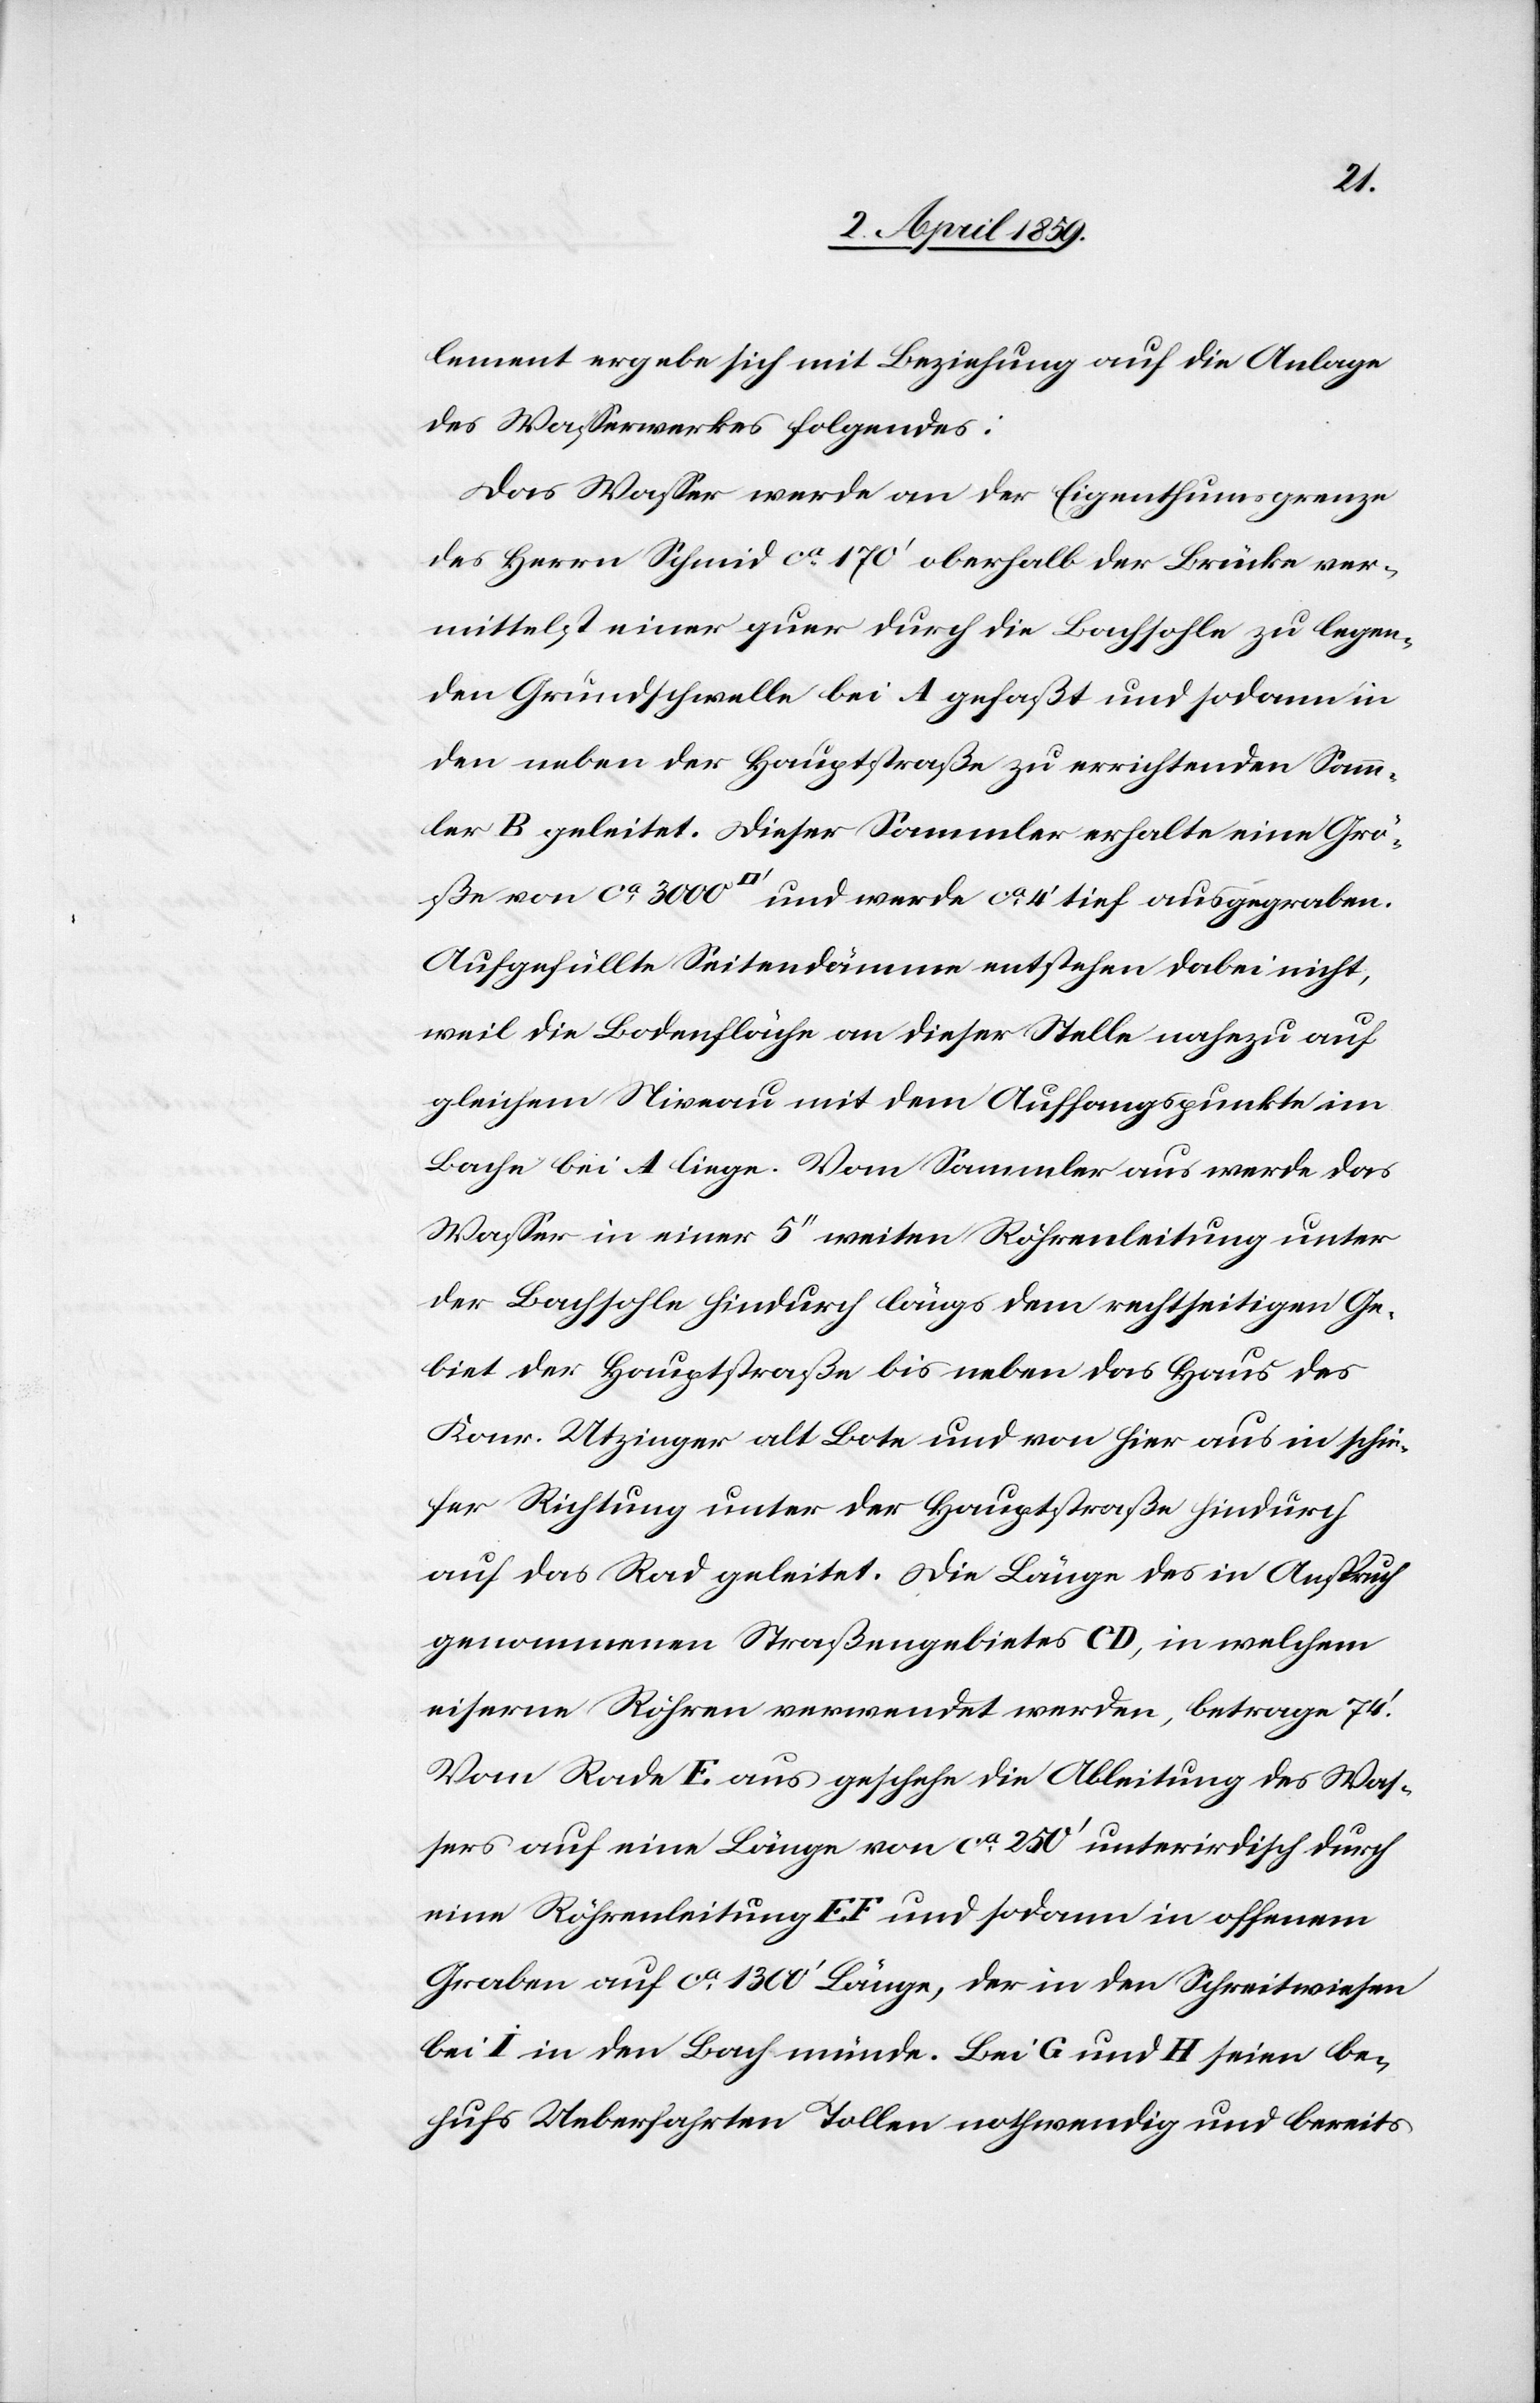
lement ergebe sich mit Beziehung auf die Anlage
des Waßerwerkes folgendes:
Das Waßer werde an der Eigenthumsgrenze
des Herrn Schmid ca 170‘ oberhalb der Brücke ver¬
mittelst einer quer durch die Bachsohle zu legen¬
den Grundschwelle bei A gefaßt und sodann in
den neben der Hauptstraße zu errichtenden Samm¬
ler B geleitet. Dieser Sammler erhalte eine Grö¬
ße von ca 3000 [Quadratfuß] und werde ca 4‘ tief ausgegraben.
Aufgefüllte Seitendämme entstehen dabei nicht,
weil die Bodenfläche an dieser Stelle nahezu auf
gleichem Niveau mit dem Auffangspunkte im
Bache bei A liege. Vom Sammler aus werde das
Waßer in einer 5‘‘ weiten Röhrenleitung unter
der Bachsohle hindurch längs dem rechtseitigen Ge¬
biet der Hauptstraße bis neben das Haus des
Konr. Utzinger alt Bote und von hier aus in schie¬
fer Richtung unter der Hauptstraße hindurch
auf das Rad geleitet. Die Länge des in Anspruch
genommenen Staßengebietes CD, in welchem
eiserne Röhren verwendet werden, betrage 74‘.
Vom Rade E aus geschehe die Ableitung des Was¬
sers auf eine[r] Länge von ca 250‘ unterirdisch durch
eine Röhrenleitung EF und sodann in offenem
Graben auf ca 1300‘ Länge, der in der Schreitwiesen
bei I in den Bach münde. Bei G und H seien be¬
hufs Ueberfahrten Tollen nothwendig und bereits